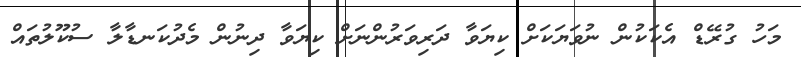
މަހު ގުރޭޑް އެކަކުން ނުވަޔަކަށް ކިޔަވާ ދަރިވަރުންނަށް ކިޔަވާ ދިނުން މެދުކަނޑާލާ ސުކޫލުތައް